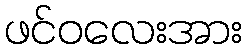
ဖင်ဝလေးအား